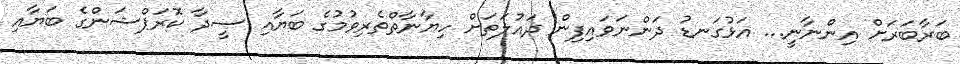
ބަރާބަރަށް އިންނާނީ... އަޅުގަނޑު ދަންނަވައިފިން ދައުލަތަށް ހިޔާނާތްތެރިވުމުގެ ބަޔާއި ސީދާ ކޮރަޕްޝަންގެ ބަޔާއި